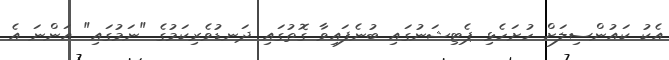
އެކު ކައުންސިލަށް ހުށަހެޅި ޕެޓިޝަނުގައި ބުނެފައިވާ ގޮތުގައި ދަނޑުވެރިކަމުގެ "ނަމުގައި" އަންނަ އެ